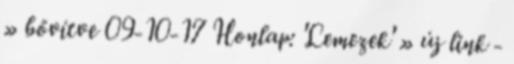
» bővítve 09-10-17 Honlap: 'Lemezek' » új link -